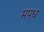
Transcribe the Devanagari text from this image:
मपध